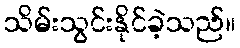
သိမ်းသွင်းနိုင်ခဲ့သည်။